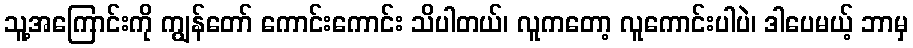
သူ့အကြောင်းကို ကျွန်တော် ကောင်းကောင်း သိပါတယ်၊ လူကတော့ လူကောင်းပါပဲ၊ ဒါပေမယ့် ဘာမှ